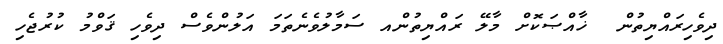
ދިވެހިރައްޔިތުން  ޚާއްޞަކޮށް މާލޭ ރައްޔިތުންއ ސަމާލުވެނެތަމަ އަލުންވެސް ދިވެހި ޤަވްމު ކުރުޖެހި